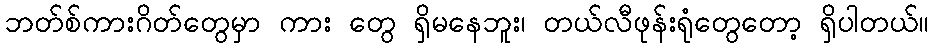
ဘတ်စ်ကားဂိတ်တွေမှာ ကား တွေ ရှိမနေဘူး၊ တယ်လီဖုန်းရုံတွေတော့ ရှိပါတယ်။